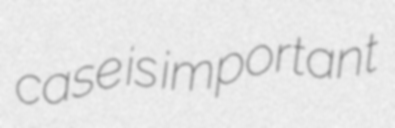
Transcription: case is important